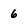
Character: 6